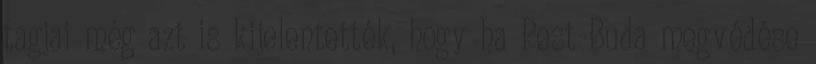
tagjai még azt is kijelentették, hogy ha Pest-Buda megvédése